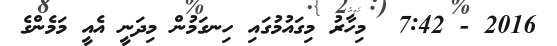
2016 - 7:42  މިހާރު މިގައުމުގައި ހިނގަމުން މިދަނީ އެއީ މަމެންގެ